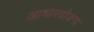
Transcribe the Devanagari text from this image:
आधारयोजना